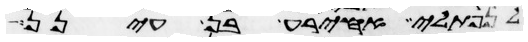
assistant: לנפתלי אחירע בן עינן